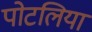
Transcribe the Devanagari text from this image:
पोटलिया